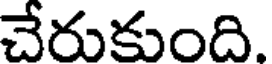
చేరుకుంది.